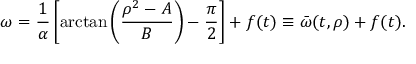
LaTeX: \omega = \frac { 1 } { \alpha } \left[ \arctan \left( \frac { \rho ^ { 2 } - A } { B } \right) - \frac { \pi } { 2 } \right] + f ( t ) \equiv \bar { \omega } ( t , \rho ) + f ( t ) .